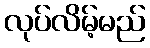
လုပ်လိမ့်မည်